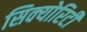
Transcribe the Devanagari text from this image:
सिक्‍योरिटी